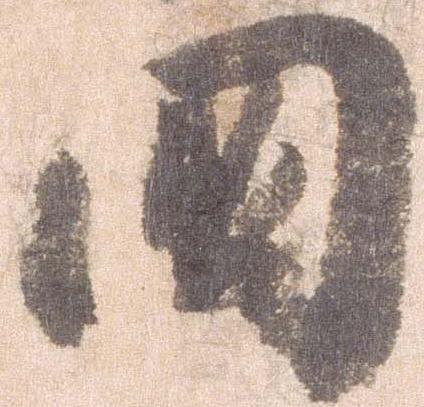
国